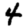
Digit: 4